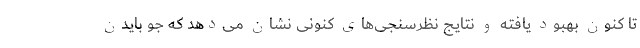
تا کنون بهبود یافته و نتایج نظرسنجی‌های کنونی نشان می‌دهد که جو بایدن